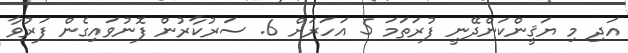
އަދި މި ޔަޤީންކަންދޭނީ ފުރަތަމަ 5 އަހަރަށް 6. ސަރުކާރުން ފޮނުވައިގެން ފަރުވާ